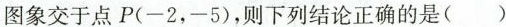
图象交于点P(-2，-5)，则下列结论正确的是()